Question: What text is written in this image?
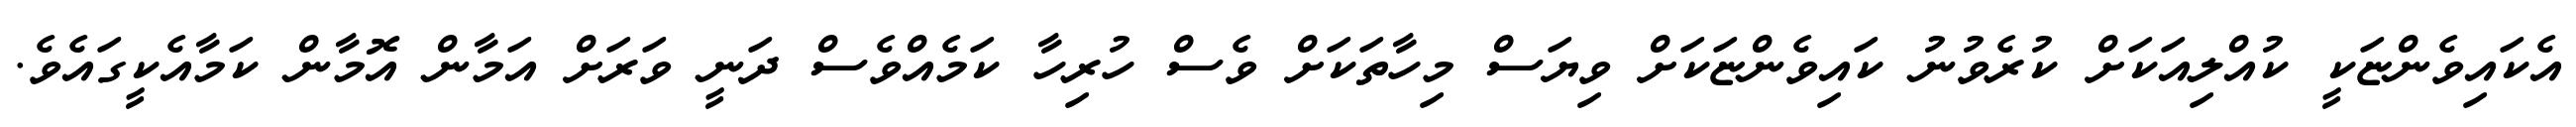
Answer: އެކައިވެންޏަކީ ކުއްލިއަކަށް ކުރެވުނު ކައިވެންޏަކަށް ވިޔަސް މިހާތަކަށް ވެސް ހުރިހާ ކަމެއްވެސް ދަނީ ވަރަށް އަމާން އޮމާން ކަމާއެކީގައެވެ.